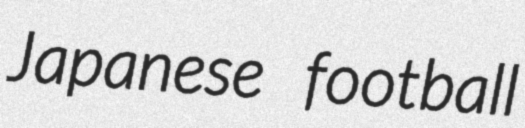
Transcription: Japanese football